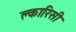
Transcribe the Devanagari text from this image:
क्लारिसी